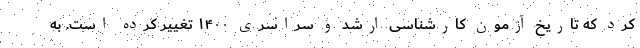
کرد که تاریخ آزمون کارشناسی ارشد و سراسری ۱۴۰۰ تغییر کرده است. به